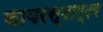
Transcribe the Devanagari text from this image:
फायरस्टार्टर